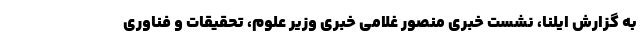
به گزارش ایلنا، نشست خبری منصور غلامی خبری وزیر علوم، تحقیقات و فناوری